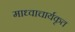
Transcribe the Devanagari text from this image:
माध्वाचार्यकृत